Indian journal of veterinary science and animal husbandry - Volume 11,
Year: 1941
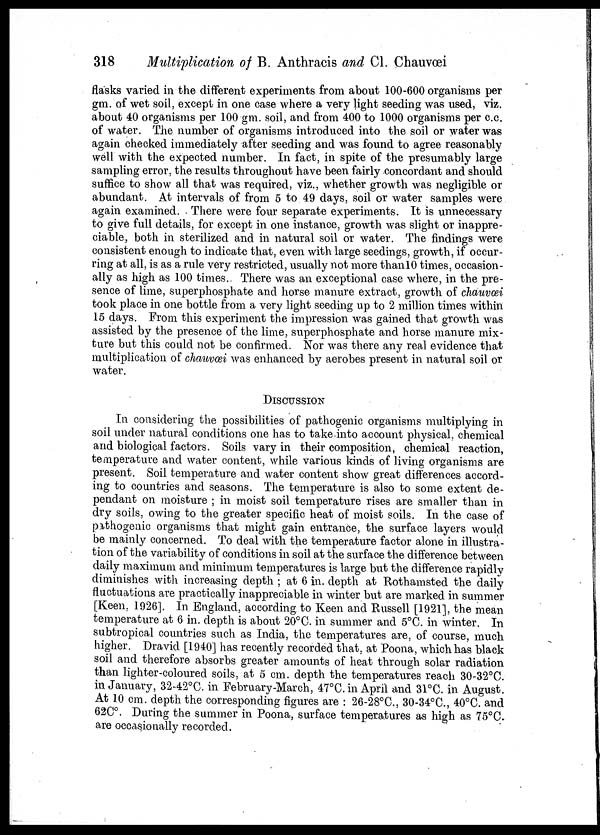
318
Multiplication of B. Anthracis and Cl. Chauvœi
flasks varied in the different experiments from about 100-600 organisms per
gm. of wet soil, except in one case where a very light seeding was used, viz.
about 40 organisms per 100 gm. soil, and from 400 to 1000 organisms per c.c.
of water. The number of organisms introduced into the soil or water was
again checked immediately after seeding and was found to agree reasonably
well with the expected number. In fact, in spite of the presumably large
sampling error, the results throughout have been fairly concordant and should
suffice to show all that was required, viz., whether growth was negligible or
abundant. At intervals of from 5 to 49 days, soil or water samples were
again examined. There were four separate experiments. It is unnecessary
to give full details, for except in one instance, growth was slight or inappre-
ciable, both in sterilized and in natural soil or water. The findings were
consistent enough to indicate that, even with large seedings, growth, if occur-
ring at all, is as a rule very restricted, usually not more than 10 times, occasion-
ally as high as 100 times. There was an exceptional case where, in the pre-
sence of lime, superphosphate and horse manure extract, growth of chauvœi
took place in one bottle from a very light seeding up to 2 million times within
15 days. From this experiment the impression was gained that growth was
assisted by the presence of the lime, superphosphate and horse manure mix-
ture but this could not be confirmed. Nor was there any real evidence that
multiplication of chauvœi was enhanced by aerobes present in natural soil or
water.
DISCUSSION
In considering the possibilities of pathogenic organisms multiplying in
soil under natural conditions one has to take into account physical, chemical
and biological factors. Soils vary in their composition, chemical reaction,
temperature and water content, while various kinds of living organisms are
present. Soil temperature and water content show great differences accord-
ing to countries and seasons. The temperature is also to some extent de-
pendant on moisture ; in moist soil temperature rises are smaller than in
dry soils, owing to the greater specific heat of moist soils. In the case of
pathogenic organisms that might gain entrance, the surface layers would
be mainly concerned. To deal with the temperature factor alone in illustra-
tion of the variability of conditions in soil at the surface the difference between
daily maximum and minimum temperatures is large but the difference rapidly
diminishes with increasing depth ; at 6 in. depth at Rothamsted the daily
fluctuations are practically inappreciable in winter but are marked in summer
[Keen, 1926]. In England, according to Keen and Russell [1921], the mean
temperature at 6 in. depth is about 20°C. in summer and 5°C. in winter. In
subtropical countries such as India, the temperatures are, of course, much
higher. Dravid [1940] has recently recorded that, at Poona, which has black
soil and therefore absorbs greater amounts of heat through solar radiation
than lighter-coloured soils, at 5 cm. depth the temperatures reach 30-32°C.
in January, 32-42°C. in February-March, 47°C. in April and 31°C. in August.
At 10 cm. depth the corresponding figures are : 26-28°C., 30-34°C., 40°C. and
62C°. During the summer in Poona, surface temperatures as high as 75°C.
are occasionally recorded.